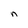
Character: n